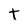
Character: t